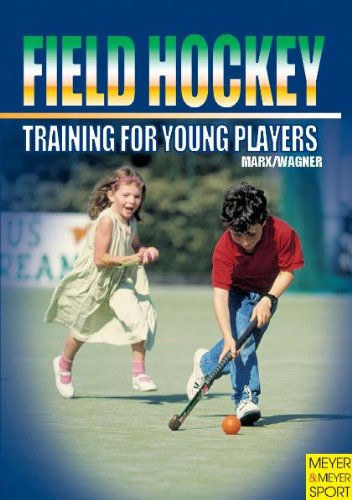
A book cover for Field Hockey: Training for Young Players; Joseph Marxs; Sports & Outdoors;